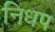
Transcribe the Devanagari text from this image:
निधप